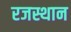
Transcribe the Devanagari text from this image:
रजस्थान